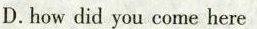
D. how did you come here